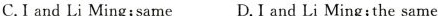
C. I and Li Ming; same D. I and Li Ming; the same